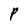
Character: P